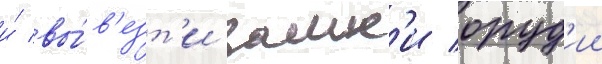
и́ вы́в'езт'и замк'и оруд'ии